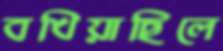
বখিয়াছিলে